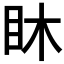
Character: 𥄢